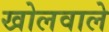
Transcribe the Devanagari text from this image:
खोलवाले